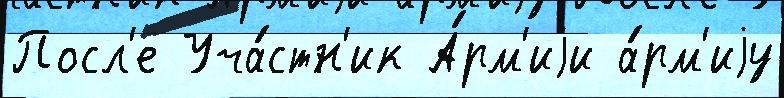
Посл'е Уча́стн'ик А́рм'иjи а́рм'иjу